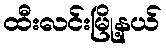
ထီးလင်းမြို့နယ်